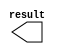
module constant (
	result);

	output	[11:0]  result;

endmodule